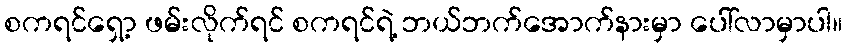
စကရင်ရှော့ ဖမ်းလိုက်ရင် စကရင်ရဲ့ ဘယ်ဘက်အောက်နားမှာ ပေါ်လာမှာပါ။